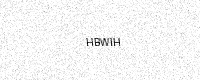
Text: HBWIH